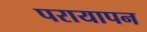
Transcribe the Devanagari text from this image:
परायापन